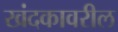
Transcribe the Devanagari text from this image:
खंदकावरील